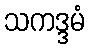
သကဒ္ဒမံ